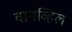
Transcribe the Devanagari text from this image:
वायव्हिल